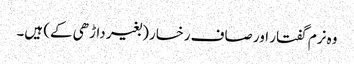
وہ نرم گفتار اور صاف رخسار (بغیر داڑھی کے) ہیں۔